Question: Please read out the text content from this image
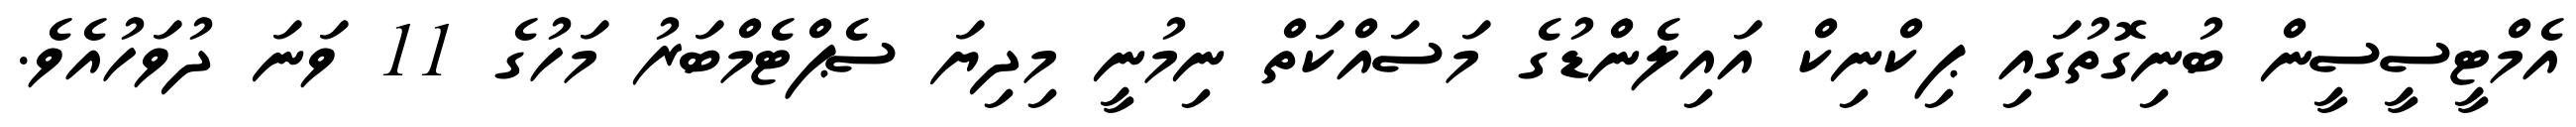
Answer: އެމްޓީސީސީން ބުނިގޮތުގައި ޕިކްނިކް އައިލެންޑުގެ މަސައްކަތް ނިމުނީ މިދިޔަ ސެޕްޓެމްބަރު މަހުގެ 11 ވަނަ ދުވަހުއެވެ.